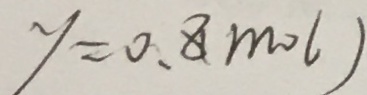
y = 0 . 8 ( m o l )